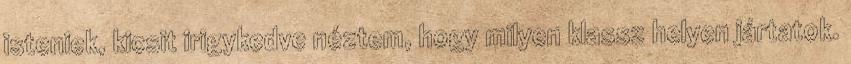
isteniek, kicsit irigykedve néztem, hogy milyen klassz helyen jártatok.